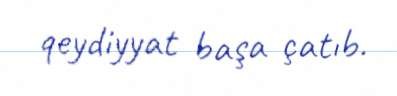
qeydiyyat başa çatıb.